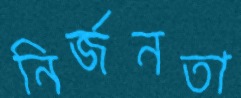
নির্জনতা